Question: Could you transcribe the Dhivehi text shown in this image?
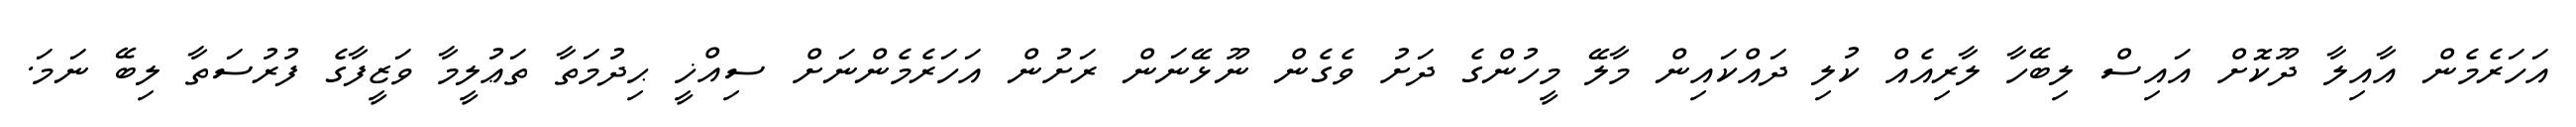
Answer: އަހަރެމެން އާއިލާ ދޫކޮށް އައިސް ލިބޭހާ ލާރިއެއް ކުލި ދައްކައިން މާލޭ މީހުންގެ ދަށު ވެގެން ނޫޅޭނަން ރަށުން އަހަރެމެންނަށް ސިއްޚީ ޙިދުމަތާ ތަޢުލީމާ ވަޒީފާގެ ފުރުސަތާ ލިބޭ ނަމަ.